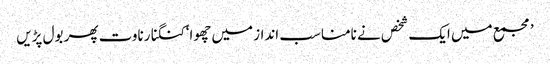
’مجمع میں ایک شخص نے نامناسب انداز میں چھوا‘کنگنا رناوت پھر بول پڑیں